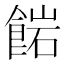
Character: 𩜠